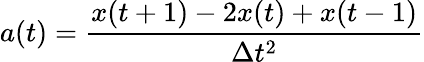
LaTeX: a(t)=\frac{x(t+1)-2x(t)+x(t-1)}{\Delta t^{2}}